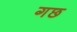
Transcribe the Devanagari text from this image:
गछ